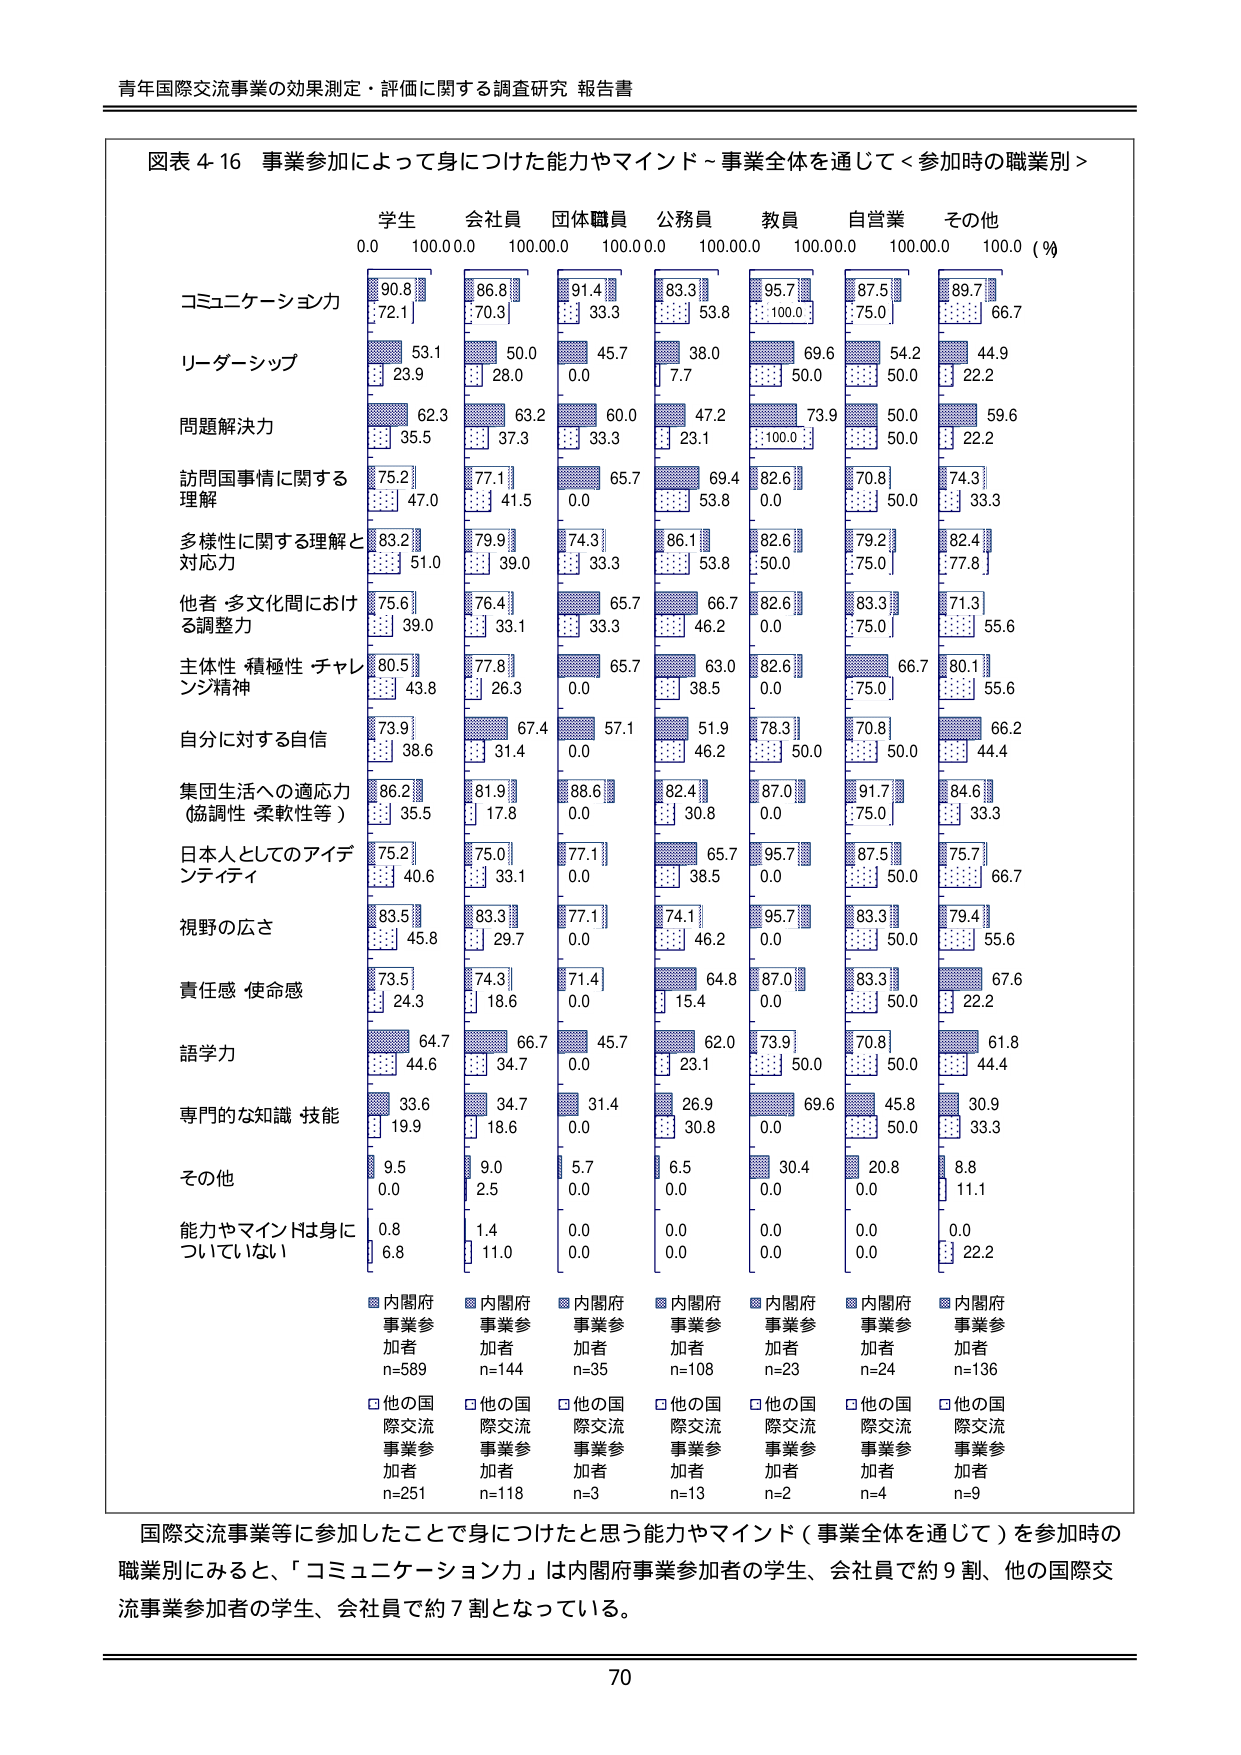
青年国際交流事業の効果測定・評価に関する調査研究 報告書

図表 4-16 事業参加によって身につけた能力やマインド～事業全体を通じて＜参加時の職業別＞

学生 会社員 団体職員 公務員 教員 自営業 その他
0.0 100.00.0 100.00.0 100.00.0 100.00.0 100.00.0 100.00.0 （％）

コミュニケーション力
90.8 86.8 91.4 83.3 95.7 87.5 89.7
72.1 70.3 33.3 53.8 100.0 75.0 66.7

リーダーシップ
53.1 50.0 45.7 38.0 69.6 54.2 44.9
23.9 28.0 0.0 7.7 50.0 50.0 22.2

問題解決力
62.3 63.2 60.0 47.2 73.9 50.0 59.6
35.5 37.3 33.3 23.1 100.0 50.0 22.2

訪問国事情に関する
理解
75.2 77.1 65.7 69.4 82.6 70.8 74.3
47.0 41.5 0.0 53.8 0.0 50.0 33.3

多様性に関する理解と
対応力
83.2 79.9 74.3 86.1 82.6 79.2 82.4
51.0 39.0 33.3 53.8 50.0 75.0 77.8

他者・多文化間における
調整力
75.6 76.4 65.7 66.7 82.6 83.3 71.3
39.0 33.1 33.3 46.2 0.0 75.0 55.6

主体性・積極性・チャレンジ精神
80.5 77.8 65.7 63.0 82.6 66.7 80.1
43.8 26.3 0.0 38.5 0.0 75.0 55.6

自分に対する自信
73.9 67.4 57.1 51.9 78.3 70.8 66.2
38.6 31.4 0.0 46.2 50.0 50.0 44.4

集団生活への適応力
（協調性・柔軟性等）
86.2 81.9 88.6 82.4 87.0 91.7 84.6
35.5 17.8 0.0 30.8 0.0 75.0 33.3

日本人としてのアイデンティティ
75.2 75.0 77.1 65.7 95.7 87.5 75.7
40.6 33.1 0.0 38.5 0.0 50.0 66.7

視野の広さ
83.5 83.3 77.1 74.1 95.7 83.3 79.4
45.8 29.7 0.0 46.2 0.0 50.0 55.6

責任感・使命感
73.5 74.3 71.4 64.8 87.0 83.3 67.6
24.3 18.6 0.0 15.4 0.0 50.0 22.2

語学力
64.7 66.7 45.7 62.0 73.9 70.8 61.8
44.6 34.7 0.0 23.1 50.0 50.0 44.4

専門的な知識・技能
33.6 34.7 31.4 26.9 69.6 45.8 30.9
19.9 18.6 0.0 30.8 0.0 50.0 33.3

その他
9.5 9.0 5.7 6.5 30.4 20.8 8.8
0.0 2.5 0.0 0.0 0.0 0.0 11.1

能力やマインドは身につけていない
0.8 1.4 0.0 0.0 0.0 0.0 0.0
6.8 11.0 0.0 0.0 0.0 0.0 22.2

■内閣府事業参加者 n=589
□他の国際交流事業参加者 n=251

■内閣府事業参加者 n=144
□他の国際交流事業参加者 n=118

■内閣府事業参加者 n=35
□他の国際交流事業参加者 n=3

■内閣府事業参加者 n=108
□他の国際交流事業参加者 n=13

■内閣府事業参加者 n=23
□他の国際交流事業参加者 n=2

■内閣府事業参加者 n=24
□他の国際交流事業参加者 n=4

■内閣府事業参加者 n=136
□他の国際交流事業参加者 n=9

国際交流事業等に参加したことで身につけたと思う能力やマインド（事業全体を通じて）を参加時の職業別にみると、「コミュニケーション力」は内閣府事業参加者の学生、会社員で約9割、他の国際交流事業参加者の学生、会社員で約7割となっている。

70